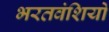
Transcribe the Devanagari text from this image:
भरतवंशियों